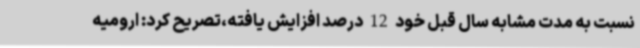
نسبت به مدت مشابه سال قبل خود 12 درصد افزایش یافته،تصریح کرد: ارومیه